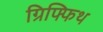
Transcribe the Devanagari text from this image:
ग्रिफ्फिथ